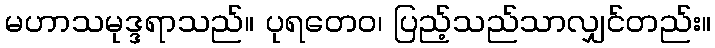
မဟာသမုဒ္ဒရာသည်။ ပုရတေဝ၊ ပြည့်သည်သာလျှင်တည်း။